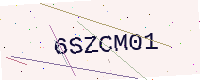
Text: 6SZCM01